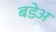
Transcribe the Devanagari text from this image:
बडेअ